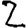
Digit: 2